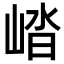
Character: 崉